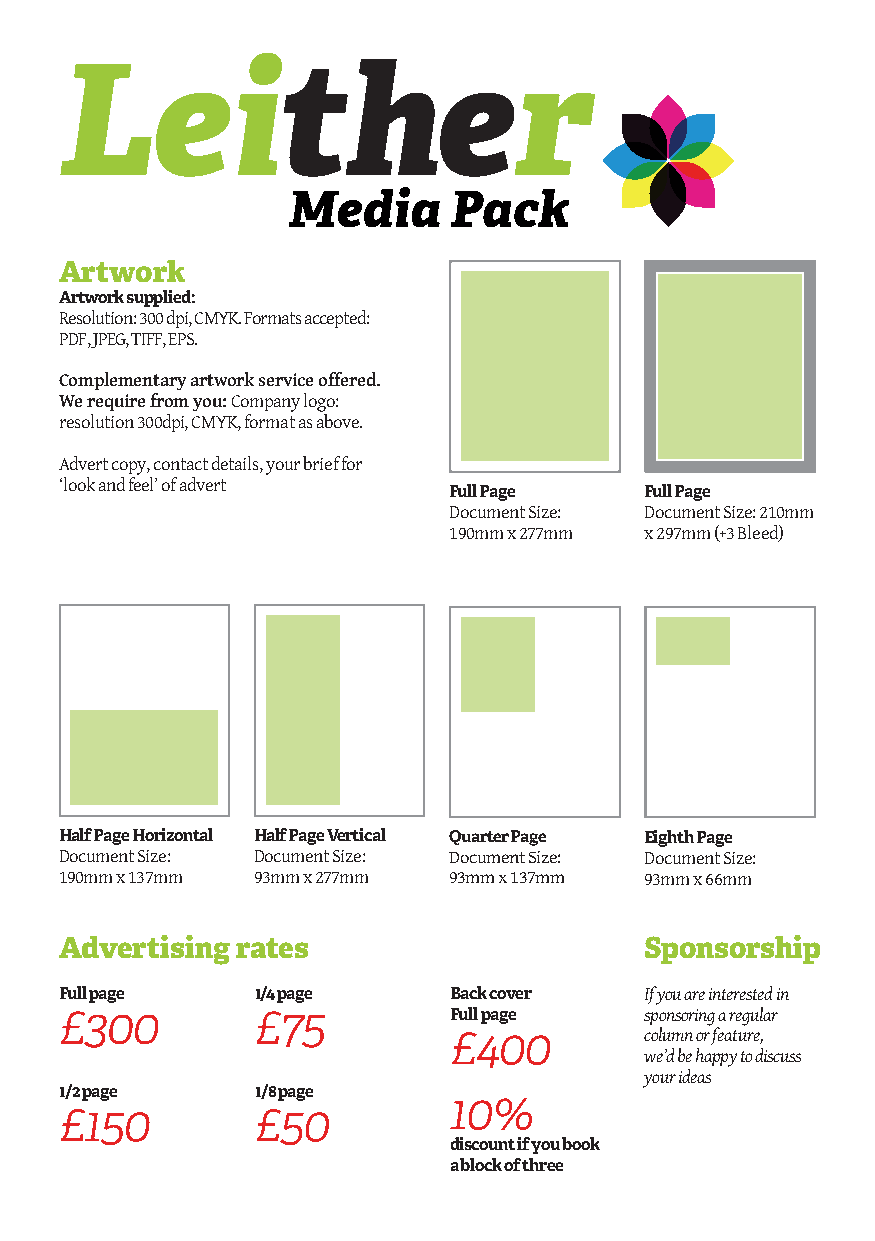
Leither
 Media      Pack
 Artwork
 Artwork supplied:
 Resolution: 300 dpi, CMYK. Formats accepted:
 PDF, JPEG, TIFF, EPS.
 Complementary artwork service offered.
 We require from you: Company logo:
 resolution 300dpi, CMYK, format as above.
 Advert copy, contact details, your brief for
 ‘look and feel’ of advert
 Full Page    Full Page
 Document Size: Document Size: 210mm
 190mm x 277mm x 297mm (+3 Bleed)
 Half Page Horizontal Half Page Vertical Quarter Page Eighth Page
 Document Size: Document Size: Document Size: Document Size:
 190mm x 137mm 93mm x 277mm 93mm x 137mm 93mm x 66mm
 Advertising rates                      Sponsorship
 Full page    1/4 page     Back cover   If you are interested in
 £300         £75          Full page    sponsoring a regular
 £400         column or feature,
 we’d be happy to discuss
 your ideas
 1/2 page     1/8 page
 10%
 £150         £50
 discount if you book
 a block of three